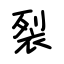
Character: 裂